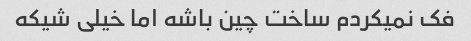
فک نمیکردم ساخت چین باشه اما خیلی شیکه